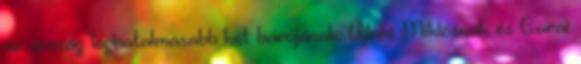
az ország leghatalmasabb két bárójának: Újlaki Miklósnak és Garai